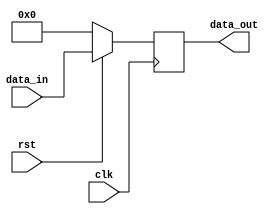
/******************************************************************************
* Function: PC
*
* :
* - 
* - clkrstdata_indata_out
* - 
*
* :
* - 
* - rstdata_out
* - data_in
*
******************************************************************************/

`timescale 1ns / 1ps

module PC(
    input clk,      // 
    input rst,      // 
    input [31:0] data_in,  // 
    
    output reg [31:0] data_out  // 
);

    always @ (posedge clk) begin
        if (!rst) begin
            data_out <= 32'b0;  // 
        end
        else begin
            data_out <= data_in;  // 
        end
    end

endmodule